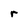
Character: r